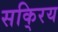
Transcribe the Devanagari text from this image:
सकि्रय